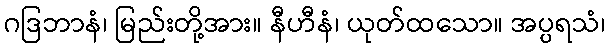
ဂဒြဘာနံ၊ မြည်းတို့အား။ နီဟီနံ၊ ယုတ်ထသော။ အပ္ပရသံ၊